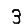
Digit: 3